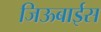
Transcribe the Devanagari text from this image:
जिऊबाईस